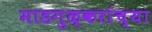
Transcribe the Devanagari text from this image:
माडगुळ्करांच्या